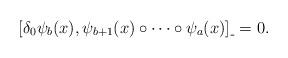
LaTeX: \begin{align*}[ \delta_0\psi_b(x), \psi_{b+1}(x)\circ\dots\circ\psi_{a}(x) ]_{\_} = 0 .\end{align*}